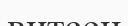
витсен